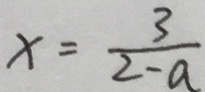
x = \frac { 3 } { 2 - a }